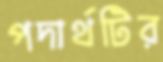
পদার্থটির